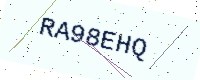
Text: RA98EHQ